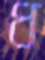
ধ